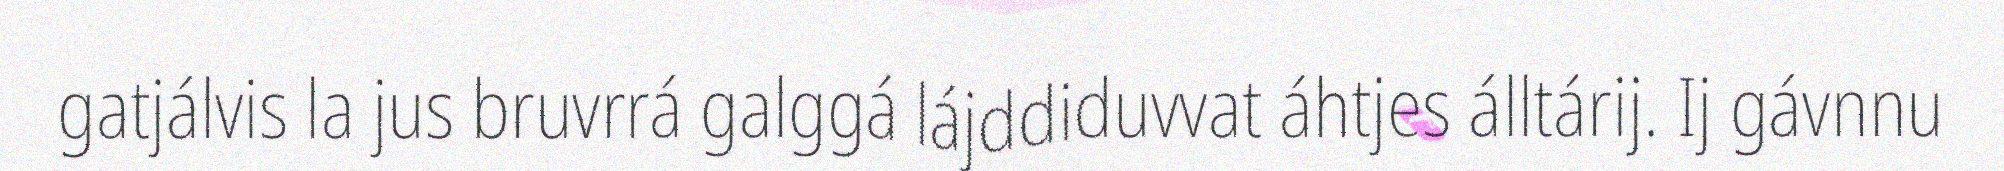
gatjálvis la jus bruvrrá galggá lájddiduvvat áhtjes álltárij. Ij gávnnu